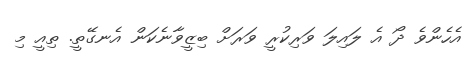
އެހެންވެ ދޯ އެ ލައިލަ ވަރިކުރީ ވަރަށް ބިޒީވާނެކަން އެނގޭތީ. ތިއީ މި